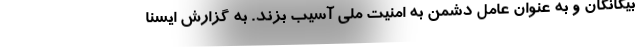
بیگانگان و به عنوان عامل دشمن به امنیت ملی آسیب بزند. به گزارش ایسنا